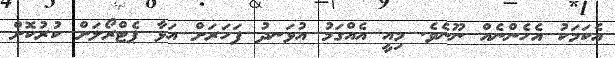
އެކަމަކު އެހެންނެއް ނޫނެވެ. މިއީ އެއްގަމު އުޅަނދު ފަހަރަށް އަޅާ ޕެޓްރޯލަށް ކުރުކޮށް